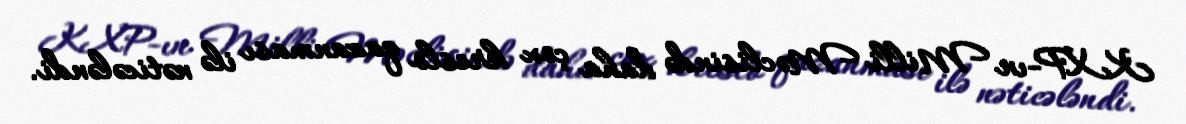
KXP-ın Milli Məclisində daha çox kreslo qazanması ilə nəticələndi.